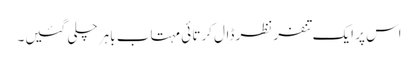
اس پر ایک تنفر نظر ڈال کرتا ئی مہتاب باہر چلی گئیں۔